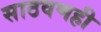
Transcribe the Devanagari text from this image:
साठवणही